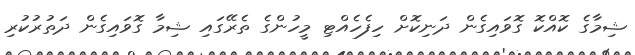
ޝިމާގެ ކޮއްކޮ ގޮވައިގެން ދަނިކޮށް ހިފެހެއްޓި މީހުންގެ ތެރޭގައި ޝިމާ ގޮވައިގެން ދަތުރުކުރި